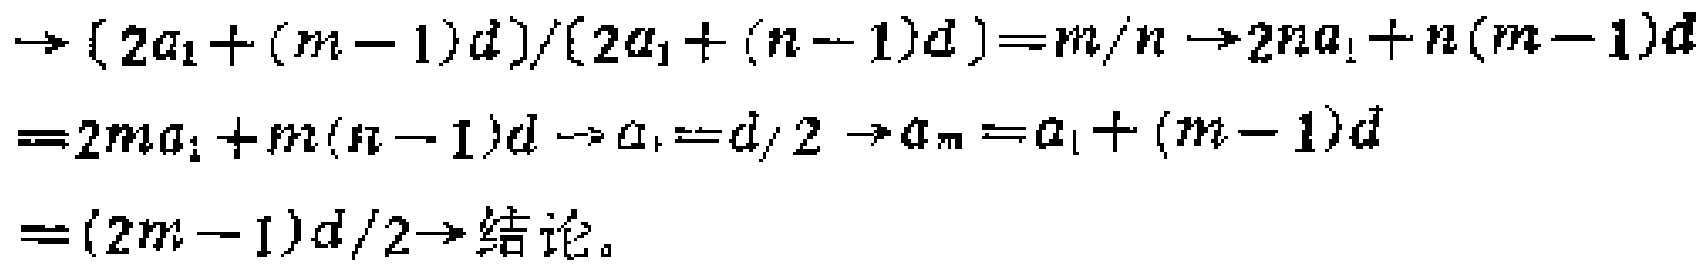
\(\rightarrow (2a_{1}+(m - 1)d)/(2a_{1}+(n - 1)d)=m/n\rightarrow 2na_{1}+n(m - 1)d=2ma_{1}+m(n - 1)d\rightarrow a_{1}=d/2\rightarrow a_{m}=a_{1}+(m - 1)d=(2m - 1)d/2\rightarrow 结论。\)